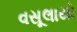
વસૂલાયો